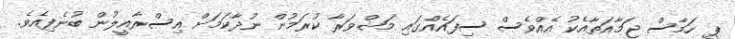
ޕީ ހަމާސް ޖަމާއަތާއެކު އެއްވެސް ސިފައެއްގައި މަޝްވަރާ ކުރަމުން ނުދާކަމަށް އިސްރާއީލުން ބުނެފިއެވެ.